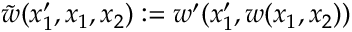
\tilde { w } ( x _ { 1 } ^ { \prime } , x _ { 1 } , x _ { 2 } ) : = w ^ { \prime } ( x _ { 1 } ^ { \prime } , w ( x _ { 1 } , x _ { 2 } ) )